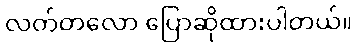
လတ်တလော ပြောဆိုထားပါတယ်။